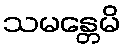
သမန္တေမိ